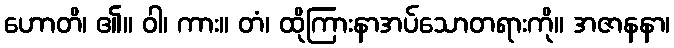
ဟောတိ၊ ၏။ ဝါ၊ ကား။ တံ၊ ထိုကြားနာအပ်သောတရားကို။ အဇာနနာ၊